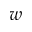
w